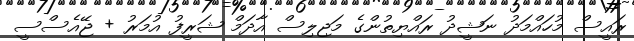
ރައީސް މުހައްމަދު ނަޝީދު ރައްޔިތުންގެ މަޖިލިސް އާދަމް ޝަރީފު އުމަރު + ޖޭއެސްސީ